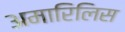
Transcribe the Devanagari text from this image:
अमारिलिस